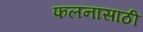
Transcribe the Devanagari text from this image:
फलनासाठी